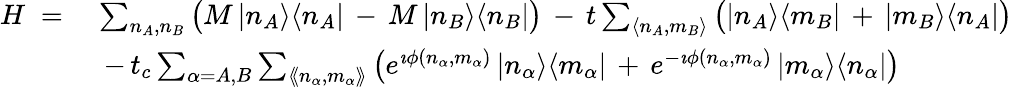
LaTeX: \begin{array}{rl}{H\; =\; }&{\sum_{n_{A},n_{B}}\big(M\, |n_{A}\rangle\langle n_{A}|\, -\, M\, |n_{B}\rangle\langle n_{B}|\big)\, -\, t\sum_{\langle n_{A},m_{B}\rangle}\big(|n_{A}\rangle\langle m_{B}|\, +\, |m_{B}\rangle\langle n_{A}|\big)}\\ &{\, -\, t_{c}\sum_{\alpha=A,B}\sum_{\langle\! \langle n_{\alpha},m_{\alpha}\rangle\! \rangle}\big(e^{\imath\phi(n_{\alpha},m_{\alpha})}\, |n_{\alpha}\rangle\langle m_{\alpha}|\, +\, e^{-\imath\phi(n_{\alpha},m_{\alpha})}\, |m_{\alpha}\rangle\langle n_{\alpha}|\big)}\end{array}